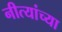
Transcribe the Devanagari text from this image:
नीत्यांच्या